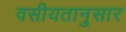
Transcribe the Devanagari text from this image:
वसीयतानुसार